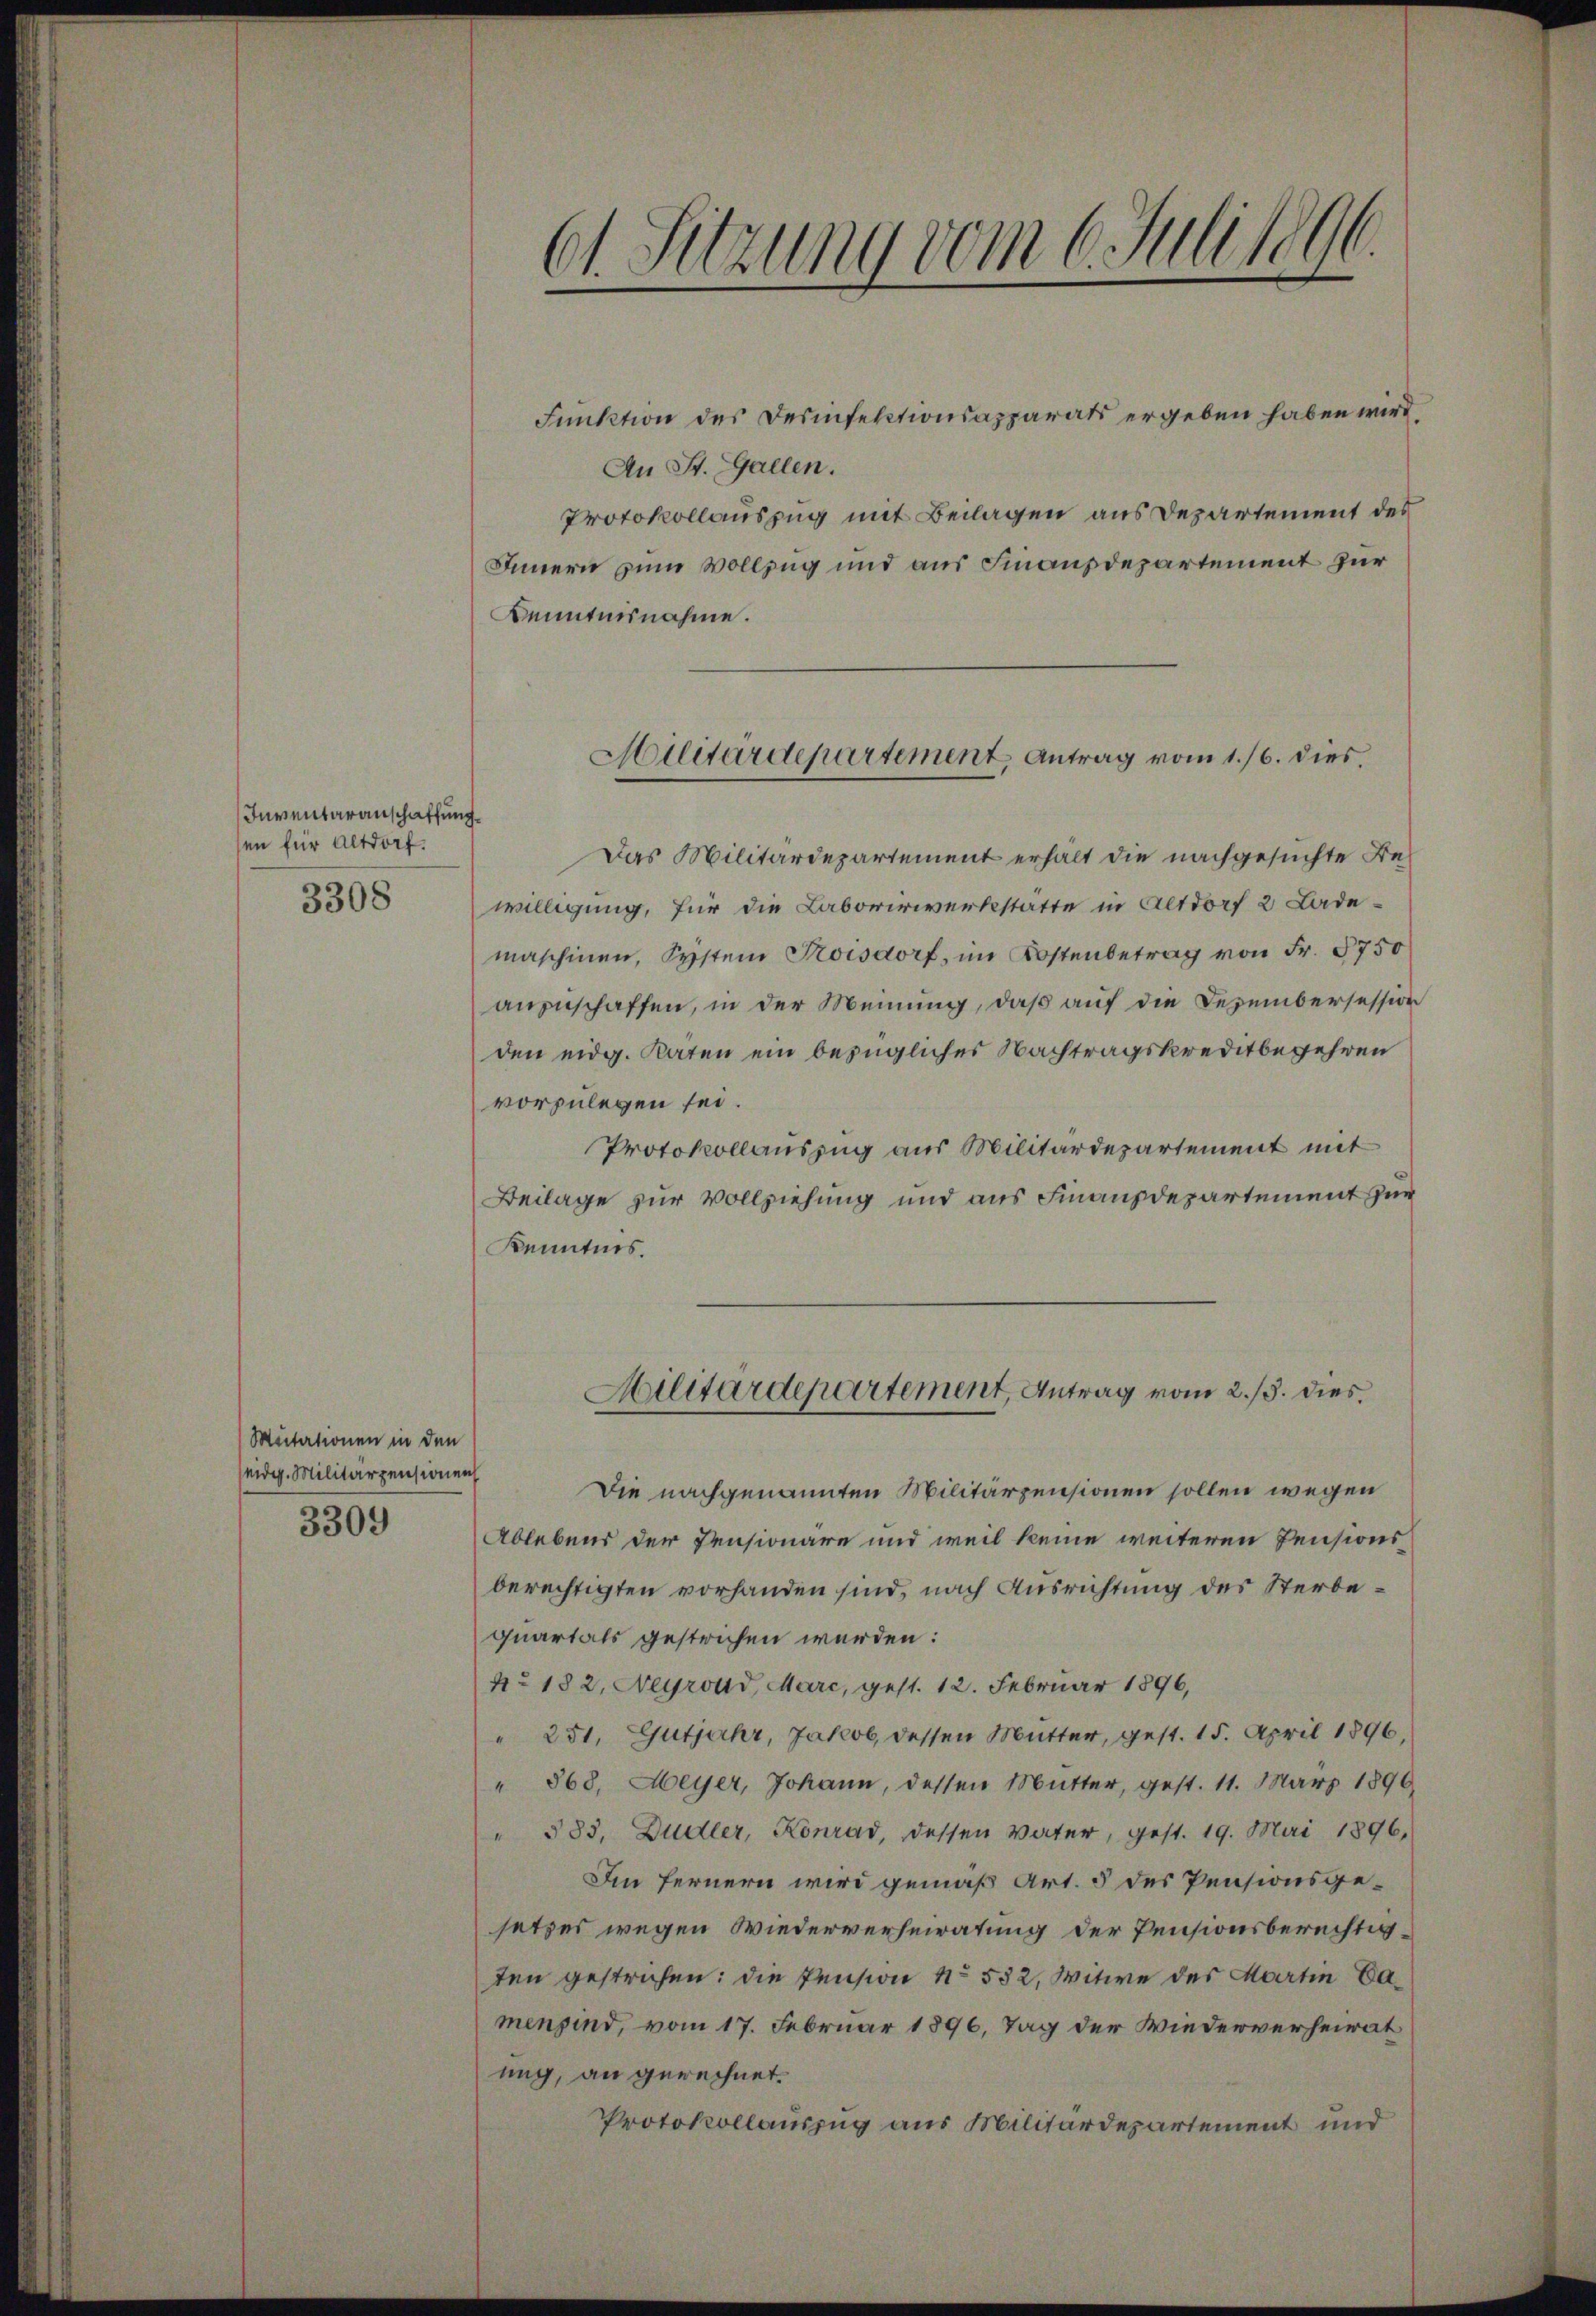
Inventaranschaffung.
en für Altdorf.
3308

Mutationen in den
eidg. Militärpensionen
3309

61. Sitzung vom 6. Juli 1896.

An St. Gallen.
Protokollauszug mit Beilagen aus Departement des
Innern zum Vollzug und aus Finanzdepartement für
Kenntnisnahme.

Funktion des Desinfektionsapparats ergeben haben wird,

Militärdepartement, Antrag vom 1./6. dies

Das Militärdepartement erhält die nachgesuchte Bewilligung, für die Laborirwerkstatte in Altdorf 2 Lademaschinen, System Troisdorf, im Kostenbetrag von Fr. 5750
anzuschaffen, in der Meinung, daß auf die Dezembersession
den eidg. Raten ein bezüglicher Nachtragskreditbegehren
vorzulegen sei.
Protokollauszug aus Militärdepartement mit
Beilage zur Vollziehung und aus Finanzdepartement zur
Kenntnis.

Militärdepartement, Antrag vom 2./3. dies

Die nachgenannten Militärzensionen sollen wegen
Ablebens der Pensionäre und weil keine weiteren Pensions
berechtigten vorhanden sind, nach Ausrichtung des Sterbequartals gestrichen werden:
Ao 182, Negrond, Marc, gest. 12. Februar 1896,
" 251, Gutjahr, Jakob, dessen Mutter, gest. 15. April 1896,
" 868. Meyer, Johann, dessen Mutter, gest. 11. März 1890.
" 533. Dudler, Konrad, dessen Vater, gest. 19. Mai 1896.
Im fernern wird gemäß Art. 5 des Pensionsgesetzes wegen Wiederverheiratung der Pensionsberechtigten gestrichen: die Pension No 532, Witwe des Martin Camensind, vom 17. Februar 1896, Tag der Wiederverheirat
ung, an gerechnet.
Protokollauszug aus Militärdepartement und